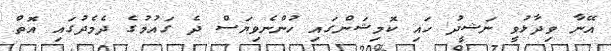
އޭނާ ވިދާޅުވީ ނަޝީދު ހައި ކޮމިޝަންގައި ހުންނެވިޔަސް ދެ ގައުމުގެ ދެމެދުގައި އޮތް